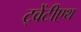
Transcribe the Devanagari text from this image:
ट्वेंटीएथ